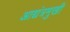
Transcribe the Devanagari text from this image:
आद्यंत्रमुखी